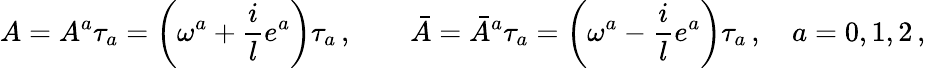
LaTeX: A=A^{a}\tau_{a}=\left(\omega^{a}+\frac ile^{a}\right)\tau_{a}\, ,\qquad\bar{A}={\bar{A}}^{a}\tau_{a}=\left(\omega^{a}-\frac ile^{a}\right)\tau_{a}\, ,\quad a=0,1,2\, ,